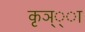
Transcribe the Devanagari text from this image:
कृञ््‌ा